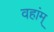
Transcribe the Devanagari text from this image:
वहांम्